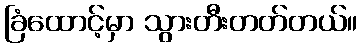
ခြံထောင့်မှာ သွားတီးတတ်တယ်။